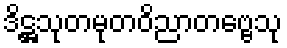
ဒိဋ္ဌသုတမုတဝိညာတဗ္ဗေသု